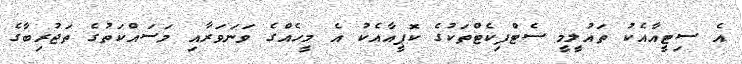
އެ ސިޓީއާއެކު ތައުލީމީ ސެޓްފިކެޓްތަކުގެ ކޮޕީއާއެކު އެ މީހެއްގެ ވަނަވަރާއި މަސައްކަތުގެ ތަޖުރިބާގެ